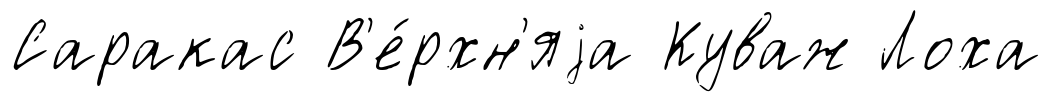
Саракас В'е́рхн'яjа Куваж Лоха